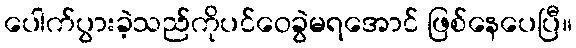
ပေါက်ပွားခဲ့သည်ကိုပင်ဝေခွဲမရအောင် ဖြစ်နေပေပြီ။